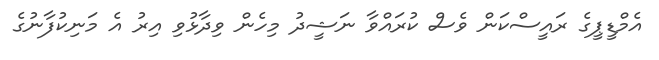
އެމްޑީޕީގެ ރައީސްކަން ވެސް ކުރައްވާ ނަޝީދު މިހެން ވިދާޅުވި އިރު އެ މަނިކުފާނުގެ